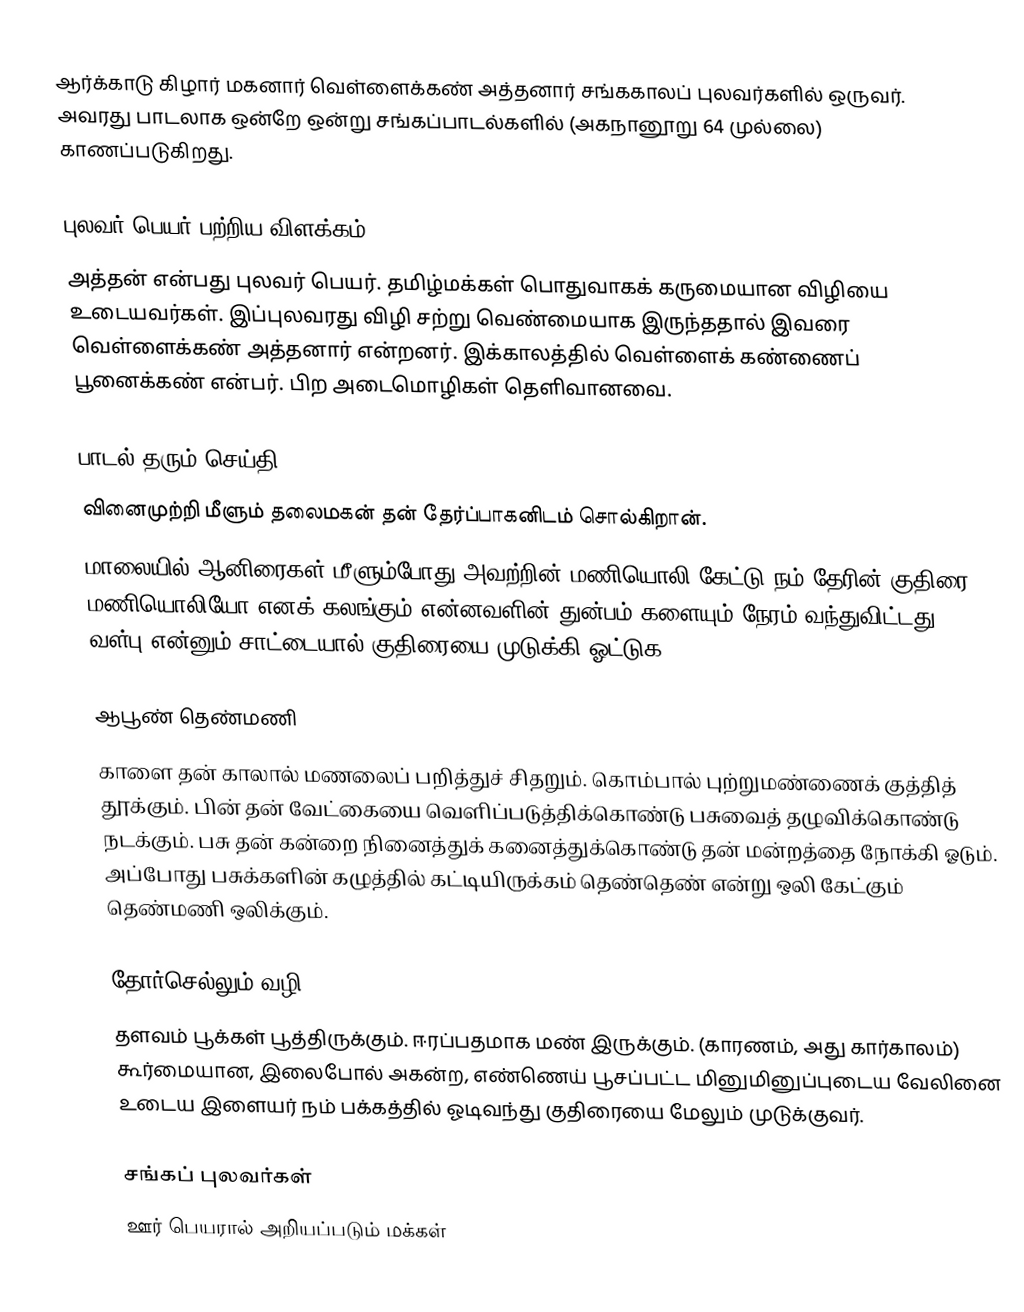
ஆர்க்காடு கிழார் மகனார் வெள்ளைக்கண் அத்தனார் சங்ககாலப் புலவர்களில் ஒருவர். அவரது பாடலாக ஒன்றே ஒன்று சங்கப்பாடல்களில் (அகநானூறு 64 முல்லை) காணப்படுகிறது.

புலவர் பெயர் பற்றிய விளக்கம்
அத்தன் என்பது புலவர் பெயர். தமிழ்மக்கள் பொதுவாகக் கருமையான விழியை உடையவர்கள். இப்புலவரது விழி சற்று வெண்மையாக இருந்ததால் இவரை வெள்ளைக்கண் அத்தனார் என்றனர். இக்காலத்தில் வெள்ளைக் கண்ணைப் பூனைக்கண் என்பர். பிற அடைமொழிகள் தெளிவானவை.

பாடல் தரும் செய்தி
வினைமுற்றி மீளும் தலைமகன் தன் தேர்ப்பாகனிடம் சொல்கிறான்.
மாலையில் ஆனிரைகள் மீளும்போது அவற்றின் மணியொலி கேட்டு நம் தேரின் குதிரை மணியொலியோ எனக் கலங்கும் என்னவளின் துன்பம் களையும் நேரம் வந்துவிட்டது. வள்பு என்னும் சாட்டையால் குதிரையை முடுக்கி ஓட்டுக.

ஆபூண் தெண்மணி
காளை தன் காலால் மணலைப் பறித்துச் சிதறும். கொம்பால் புற்றுமண்ணைக் குத்தித் தூக்கும். பின் தன் வேட்கையை வெளிப்படுத்திக்கொண்டு பசுவைத் தழுவிக்கொண்டு நடக்கும். பசு தன் கன்றை நினைத்துக் கனைத்துக்கொண்டு தன் மன்றத்தை நோக்கி ஓடும். அப்போது பசுக்களின் கழுத்தில் கட்டியிருக்கம் தெண்தெண் என்று ஒலி கேட்கும் தெண்மணி ஒலிக்கும்.

தோர்செல்லும் வழி
தளவம் பூக்கள் பூத்திருக்கும். ஈரப்பதமாக மண் இருக்கும். (காரணம், அது கார்காலம்) கூர்மையான, இலைபோல் அகன்ற, எண்ணெய் பூசப்பட்ட மினுமினுப்புடைய வேலினை உடைய இளையர் நம் பக்கத்தில் ஓடிவந்து குதிரையை மேலும் முடுக்குவர்.

சங்கப் புலவர்கள்
ஊர் பெயரால் அறியப்படும் மக்கள்